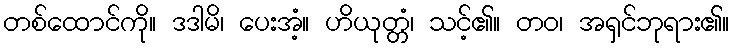
တစ်ထောင်ကို။ ဒဒါမိ၊ ပေးအံ့။ ဟိယုတ္တံ၊ သင့်၏။ တဝ၊ အရှင်ဘုရား၏။